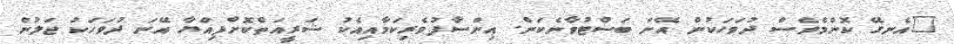
"އެނގޭ ކޮންމެވެސް ދުވަހަކުން އޭނަ ބަސްޓުވާނެކަން. އިންސާފުވެރިކަމާއިއެކު ޝަރީއަތްކޮށްފިއްޔާ އޭނަ ދުވަހަކު ޖަލުން